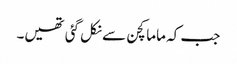
جب کہ ماما کچن سے نکل گئی تھیں۔